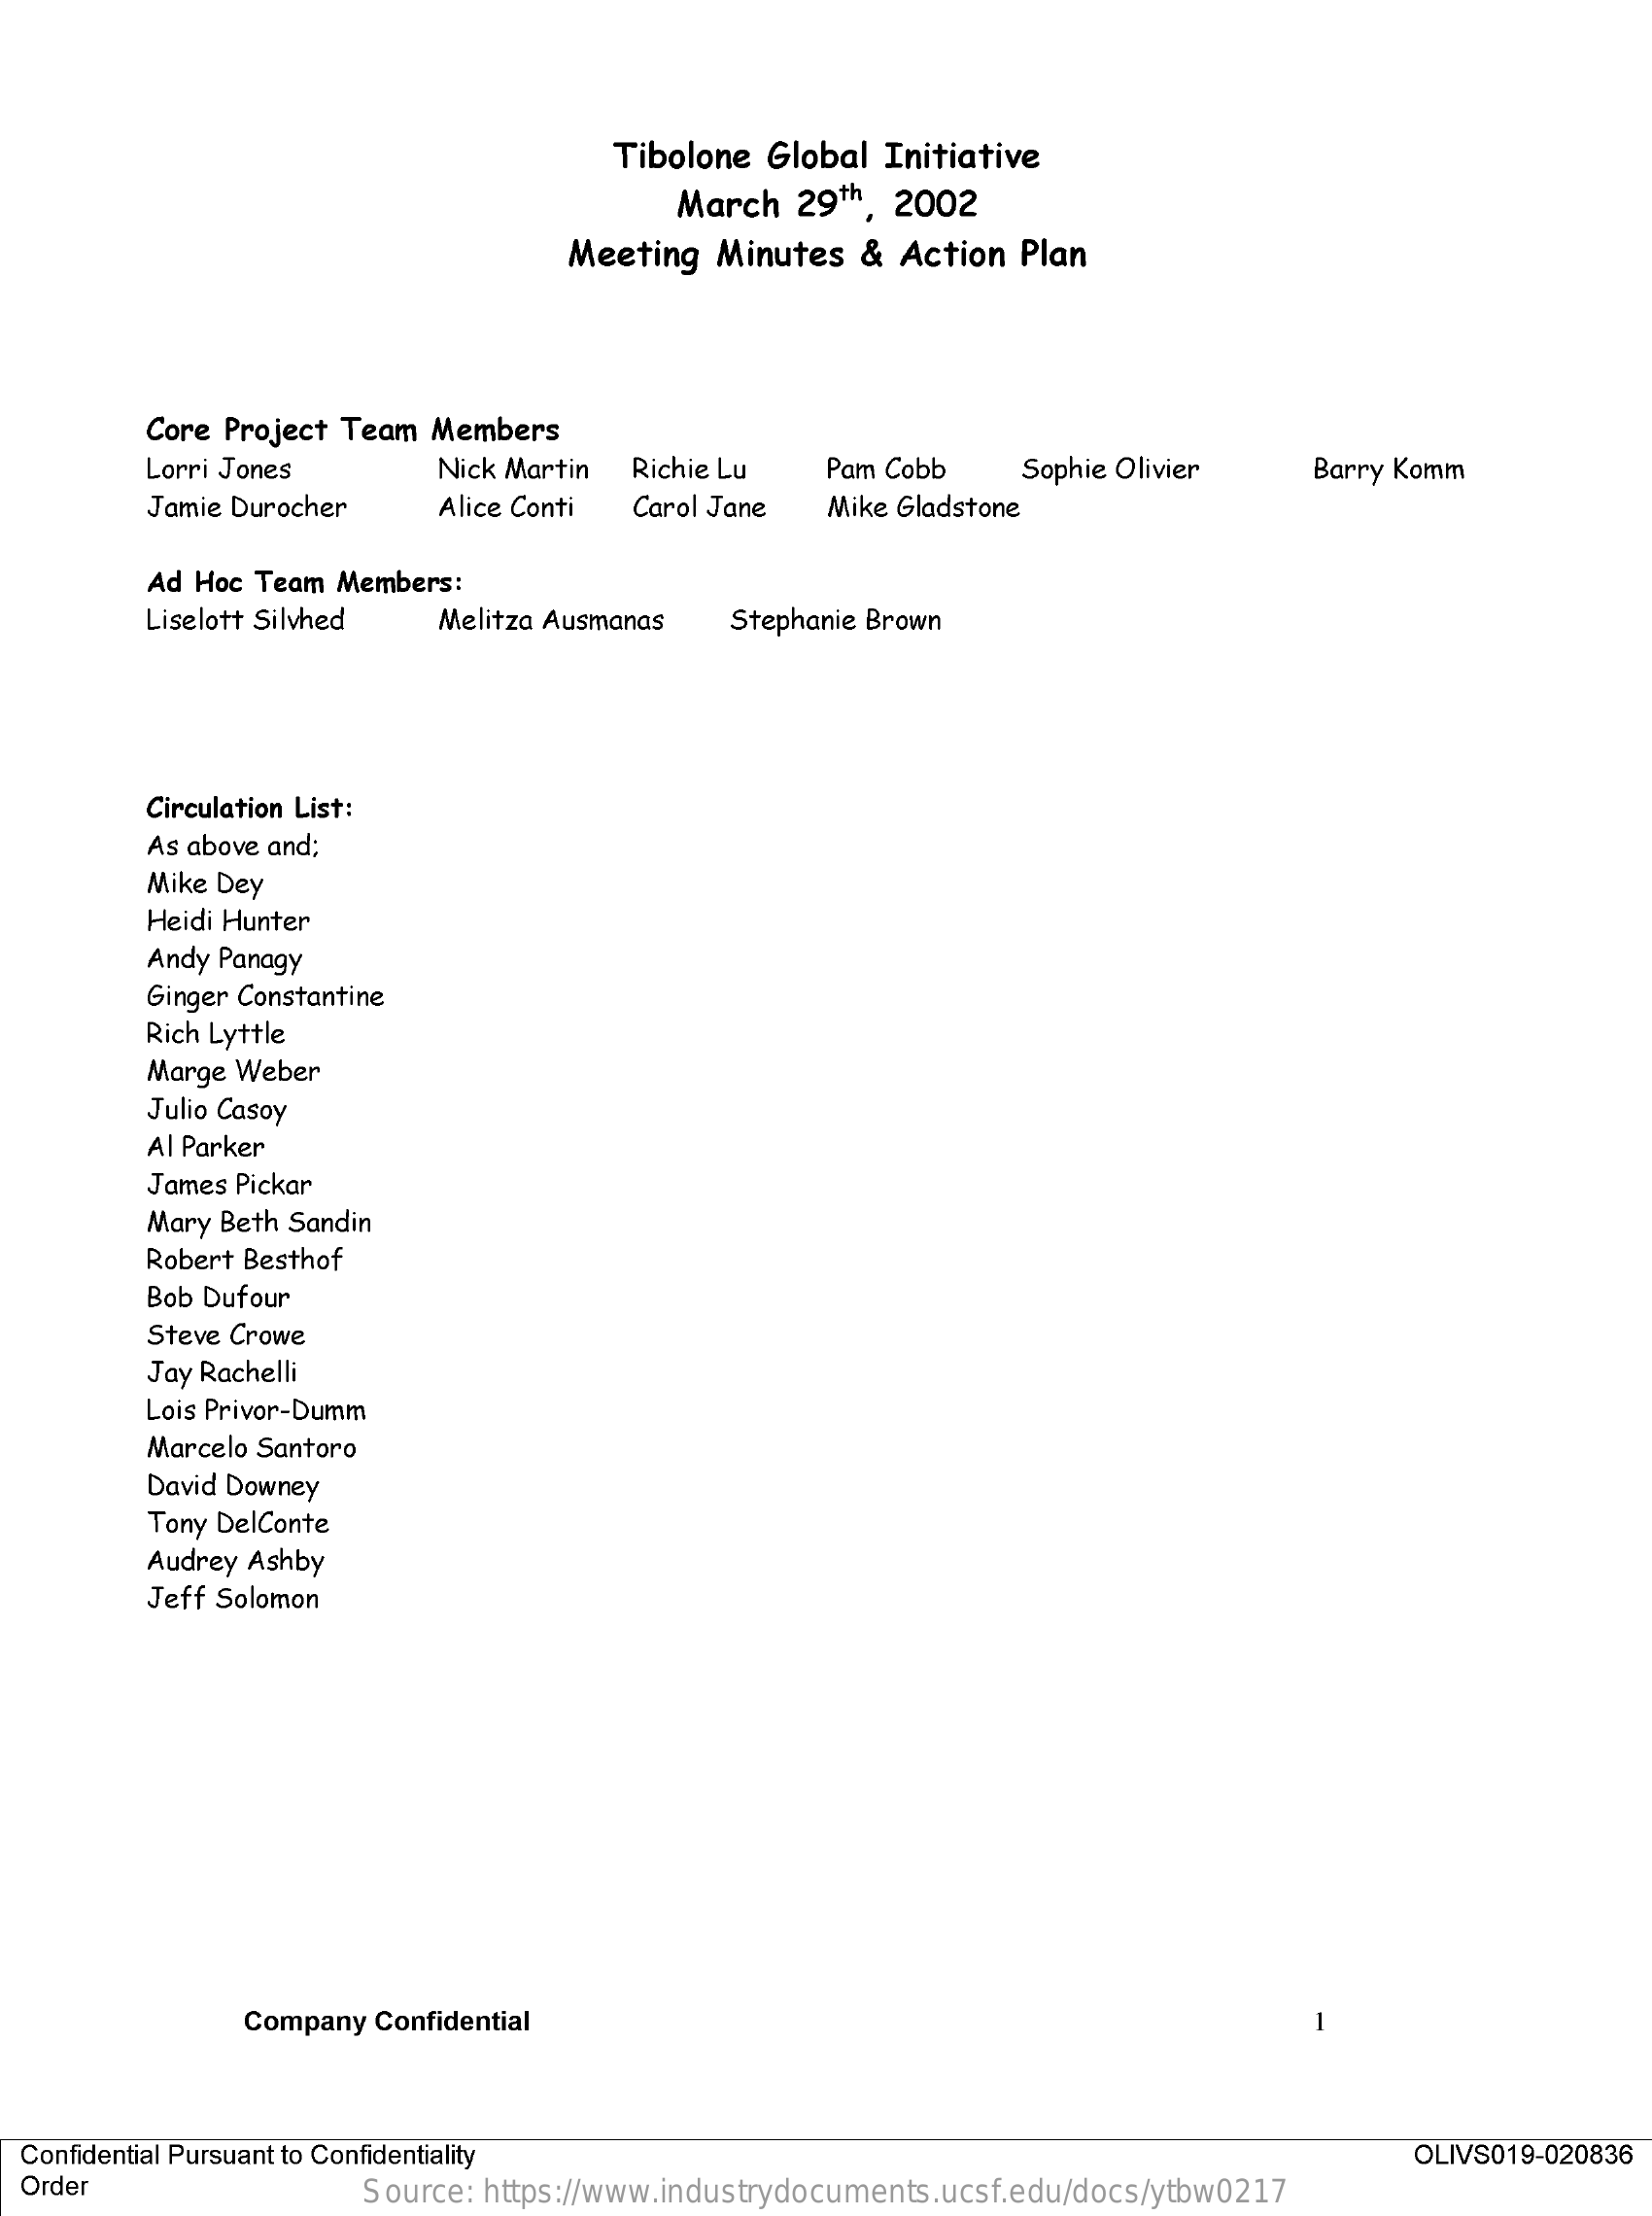
Tibolone Global Initiative
     March 29th, 2002
     Meeting Minutes & Action Plan
     Core Project Team Members
     Lorri Jones   Nick Martin Richie Lu Pam Cobb Sophie Olivier Barry Komm
     Jamie Durocher Alice Conti Carol Jane Mike Gladstone
     Ad Hoc Team Members:
     Liselott Silvhed Melitza Ausmanas Stephanie Brown
     Circulation List:
     As above and;
     Mike Dey
     Heidi Hunter
     Andy Panagy
     Ginger Constantine
     Rich Lyttle
     Marge Weber
     Julio Casoy
     Al Parker
     James Pickar
     Mary Beth Sandin
     Robert Besthof
     Bob Dufour
     Steve Crowe
     Jay Rachelli
     Lois Privor-Dumm
     Marcelo Santoro
     David Downey
     Tony DelConte
     Audrey Ashby
     Jeff Solomon
     Company Confidential
  Confidential Pursuant to Confidentiality    OLIVS019-020836
  Order    Source: https://www.industrydocuments.ucsf.edu/docs/ytbw0217